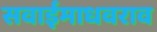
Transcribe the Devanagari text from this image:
सवाईमाधवराव